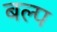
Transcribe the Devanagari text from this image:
बल्प